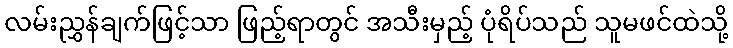
လမ်းညွှန်ချက်ဖြင့်သာ ဖြည့်ရာတွင် အသီးမှည့် ပုံရိပ်သည် သူမဖင်ထဲသို့